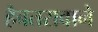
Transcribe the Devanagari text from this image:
हैबतरावाने